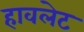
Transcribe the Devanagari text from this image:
हावलेट